Vaccination in Bombay 1863-1868 - 1863-1868
Year: 1863
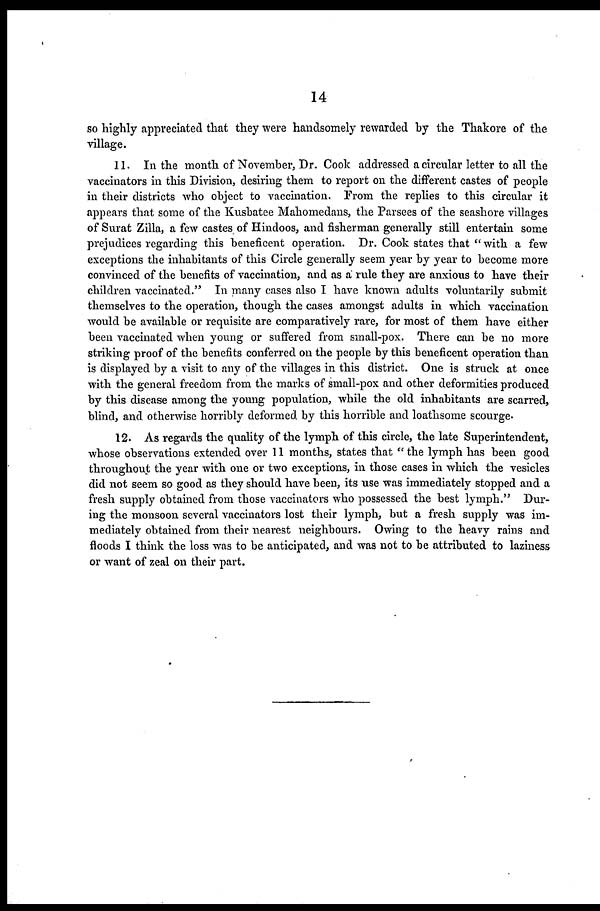
14
so highly appreciated that they were handsomely rewarded by the Thakore of the
village.
11. In the month of November, Dr. Cook addressed a circular letter to all the
vaccinators in this Division, desiring them to report on the different castes of people
in their districts who object to vaccination. From the replies to this circular it
appears that some of the Kusbatee Mahomedans, the Parsees of the seashore villages
of Surat Zilla, a few castes of Hindoos, and fisherman generally still entertain some
prejudices regarding this beneficent operation. Dr. Cook states that "with a few
exceptions the inhabitants of this Circle generally seem year by year to become more
convinced of the benefits of vaccination, and as a rule they are anxious to have their
children vaccinated." In many cases also I have known adults voluntarily submit
themselves to the operation, though the cases amongst adults in which vaccination
would be available or requisite are comparatively rare, for most of them have either
been vaccinated when young or suffered from small-pox. There can be no more
striking proof of the benefits conferred on the people by this beneficent operation than
is displayed by a visit to any of the villages in this district. One is struck at once
with the general freedom from the marks of small-pox and other deformities produced
by this disease among the young population, while the old inhabitants are scarred,
blind, and otherwise horribly deformed by this horrible and loathsome scourge.
12. As regards the quality of the lymph of this circle, the late Superintendent,
whose observations extended over 11 months, states that " the lymph has been good
throughout the year with one or two exceptions, in those cases in which the vesicles
did not seem so good as they should have been, its use was immediately stopped and a
fresh supply obtained from those vaccinators who possessed the best lymph." Dur-
ing the monsoon several vaccinators lost their lymph, but a fresh supply was im-
mediately obtained from their nearest neighbours. Owing to the heavy rains and
floods I think the loss was to be anticipated, and was not to be attributed to laziness
or want of zeal on their part.